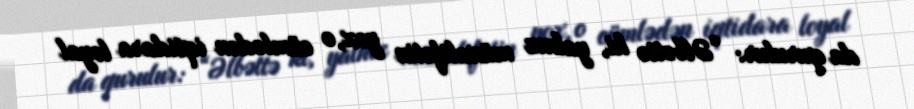
da qurulur: “Əlbəttə ki, yalnız müxalifətin yox, o cümlədən iqtidara loyal